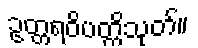
ဥတ္တရဝိပတ္တိသုတ်။